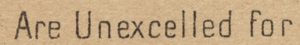
Are Unexcelled for